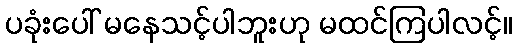
ပခုံးပေါ် မနေသင့်ပါဘူးဟု မထင်ကြပါလင့်။